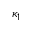
\kappa _ { 1 }